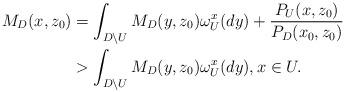
LaTeX: \begin{align*}M_D(x,z_0)&=\int_{D\setminus U} M_D(y,z_0)\omega_U^x(dy)+\frac{P_U(x,z_0)}{P_D(x_0,z_0)}\\&>\int_{D\setminus U} M_D(y,z_0)\omega_U^x(dy),x\in U.\end{align*}